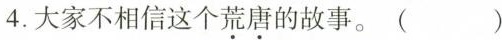
4.大家不相信这个荒唐的故事。( )